Report on the bubonic plague in Bombay, 1896-1897
Year: 1896
Disease focus: Plague
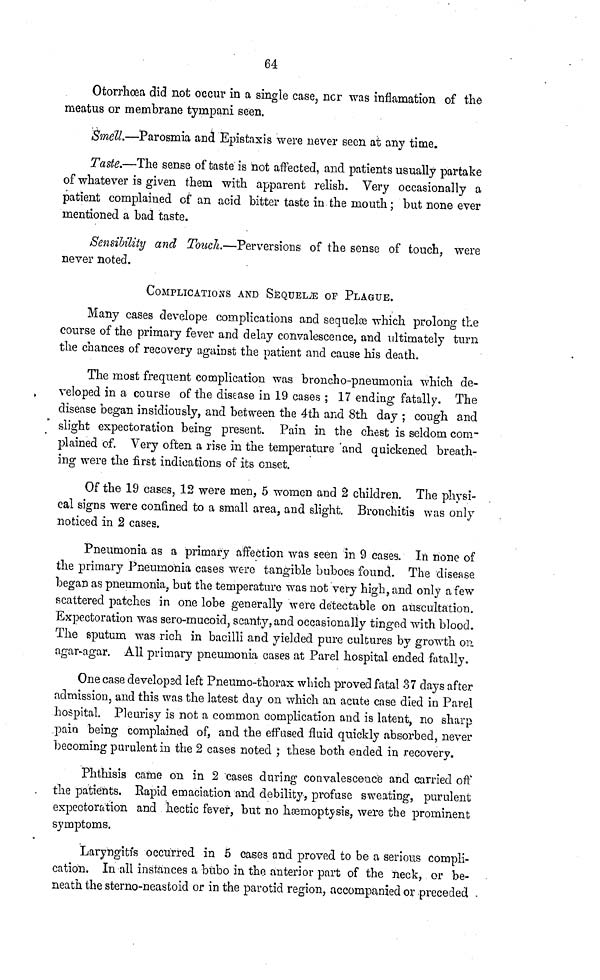
64
Otorrhcea did not occur in a single case, nor was inflamation of the
meatus or membrane tympani seen.
Smell.—Parosmia and Epistaxis were never seen at any time.
Taste.—The sense of taste is not affected, and patients usually partake
of whatever is given them with apparent relish. Very occasionally a
patient complained of an acid bitter taste in the mouth ; but none ever
mentioned a bad taste.
Sensibility and Touch.—Perversions of the sense of touch, were
never noted.
COMPLICATIONS AND SEQUELAE OF PLAGUE.
Many cases develope complications and sequelæ which prolong the
course of the primary fever and delay convalescence, and ultimately turn
the chances of recovery against the patient and cause his death.
The most frequent complication was broncho-pneumonia which de-
veloped in a course of the disease in 19 cases ; 17 ending fatally. The
disease began insidiously, and between the 4th and 8th day ; cough and
slight expectoration being present. Pain in the chest is seldom com-
plained of. Very often a rise in the temperature and quickened breath-
ing were the first indications of its onset.
Of the 19 cases, 12 were men, 5 women and 2 children. The physi-
cal signs were confined to a small area, and slight. Bronchitis was only
noticed in 2 cases.
Pneumonia as a primary affection was seen in 9 cases. In none of
the primary Pneumonia cases were tangible buboes found. The disease
began as pneumonia, but the temperature was not very high, and only a few
scattered patches in one lobe generally were detectable on auscultation.
Expectoration was sero-mucoid, scanty, and occasionally tinged with blood.
The sputum was rich in bacilli and yielded pure cultures by growth \ill\.
agar-agar. All primary pneumonia cases at Parel hospital ended fatally.
One case developed left Pneumo-thorax which proved fatal 37 days after
admission, and this was the latest day on which an acute case died in Parel
hospital. Pleurisy is not a common complication and is latent, no sharp
pain being complained of, and the effused fluid quickly absorbed, never
becoming purulent in the 2 cases noted ; these both ended in recovery.
Phthisis came on in 2 cases during convalescence and carried off
the patients. Rapid emaciation and debility, profuse sweating, purulent
expectoration and hectic fever, but no hæmoptysis, were the prominent
symptoms.
Laryngitis occurred in 5 cases and proved to be a serious compli-
cation. In all instances a bubo in the. anterior part of the neck, or be-
neath the sterno-neastoid or in the parotid region, accompanied or preceded